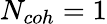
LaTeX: N_{coh}=1